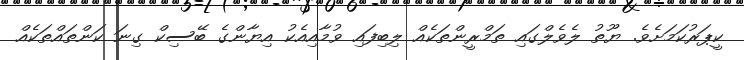
ކީޕަރުކަމަށެވެ. ޔޫތު ލެވެލްގައި ތަމްރީންތަކެއް ލިބިފައި ވުމާއިއެކު އިޔާންގެ ބޭސިކް ގިނަ ކަންތައްތަކެއް